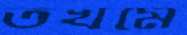
তখমে